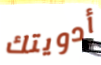
أدويتك